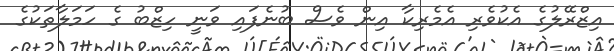
އިޒްރޭލުގެ އެކުވެރި އެމެރިކާ އިން ވެސް ބުނެފައި ވަނީ ހިޒްބު ގެ ހަމަލާތަކުގެ